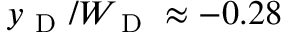
y _ { \mathrm { ~ D ~ } } / W _ { \mathrm { ~ D ~ } } \approx - 0 . 2 8